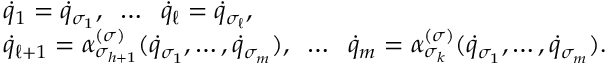
\begin{array} { l } { { \dot { q } } _ { 1 } = { \dot { q } } _ { \sigma _ { 1 } } , \; \; \dots \; \; { \dot { q } } _ { \ell } = { \dot { q } } _ { \sigma _ { \ell } } , } \\ { { \dot { q } } _ { \ell + 1 } = \alpha _ { \sigma _ { h + 1 } } ^ { ( \sigma ) } ( { \dot { q } } _ { \sigma _ { 1 } } , \dots , { \dot { q } } _ { \sigma _ { m } } ) , \; \; \dots \; \; { \dot { q } } _ { m } = \alpha _ { \sigma _ { k } } ^ { ( \sigma ) } ( { \dot { q } } _ { \sigma _ { 1 } } , \dots , { \dot { q } } _ { \sigma _ { m } } ) . } \end{array}